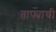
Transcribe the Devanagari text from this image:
ताफ्याची